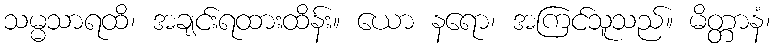
သမ္မသာရထိ၊ အချင်းရထားထိန်း။ ယော နရော၊ အကြင်သူသည်။ မိတ္တာနံ၊